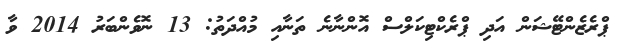
ޕްރެޒެންޓޭޝަން އަދި ޕްރެކްޓިކަލްސް އޮންނާނެ ތަނާއި މުއްދަތު: 13 ނޮވެންބަރު 2014 ވާ